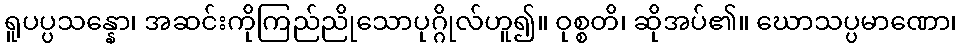
ရူပပ္ပသန္နော၊ အဆင်းကိုကြည်ညိုသောပုဂ္ဂိုလ်ဟူ၍။ ဝုစ္စတိ၊ ဆိုအပ်၏။ ဃောသပ္ပမာဏော၊